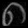
Digit: ၈